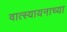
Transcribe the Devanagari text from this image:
वात्स्यायनाच्या